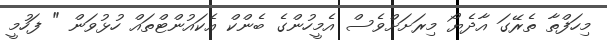
މިހަފްތާ ތެރޭގަ އާދެޔޯ މިރަށަށްވެސް އެމީހުންގެ ބެންކް އެކައުންޓްތައް ހުޅުވަން " ފަހުމީ